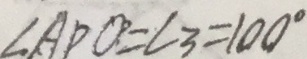
\angle A D O = \angle 3 = 1 0 0 ^ { \circ }